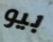
بيو